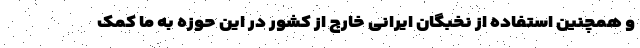
و همچنین استفاده از نخبگان ایرانی خارج از کشور در این حوزه به ما کمک